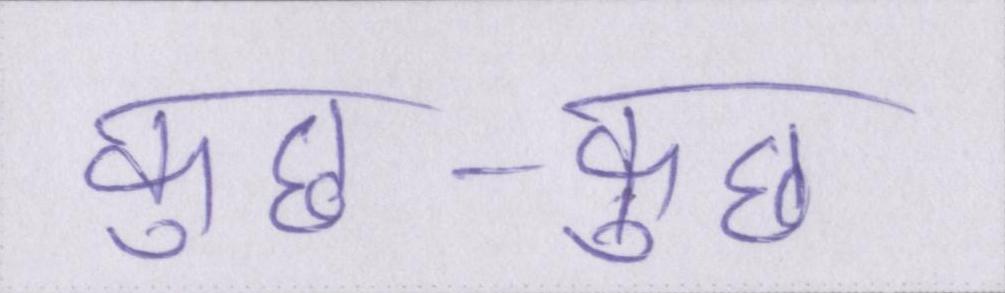
कुछ-कुछ